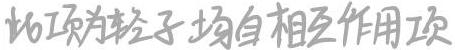
此项为轻子场自相互作用项